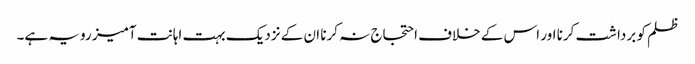
ظلم کو برداشت کرنا اور اس کے خلاف احتجاج نہ کرنا ان کے نزدیک بہت اہانت آمیز رویہ ہے۔